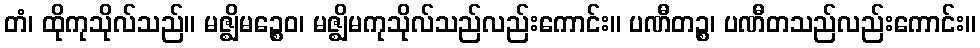
တံ၊ ထိုကုသိုလ်သည်။ မဇ္ဈိမဉ္စေဝ၊ မဇ္ဈိမကုသိုလ်သည်လည်းကောင်း။ ပဏီတဉ္စ၊ ပဏီတသည်လည်းကောင်း။